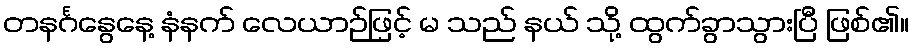
တနင်္ဂနွေနေ့ နံနက် လေယာဉ်ဖြင့် မ သည် နယ် သို့ ထွက်ခွာသွားပြီ ဖြစ်၏။